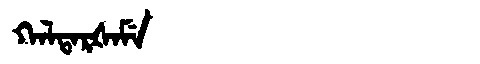
Manchu: ᡴᠠᠯᡨᠠᡵᡧᠠᠮᡝ
Romanization: KALTARŠAME